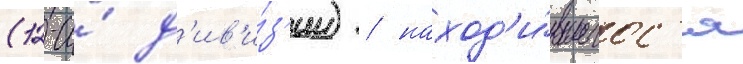
(12-и́ д'ив'и́з'ии) / наход'и́вшегос'я